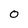
Character: O